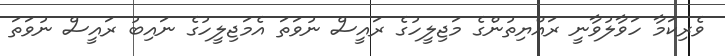
ވެރިކަމާ ހަވާލުވާނީ ރައްޔިތުންގެ މަޖިލީހުގެ ރައީސް ނުވަތަ އެމަޖިލީހުގެ ނައިބު ރައީސް ނުވަތަ